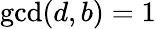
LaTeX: \operatorname*{gcd}(d,b)=1